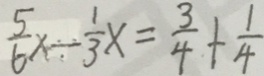
\frac { 5 } { 6 } x \div \frac { 1 } { 3 } x = \frac { 3 } { 4 } + \frac { 1 } { 4 }